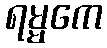
ရမ္မကေ